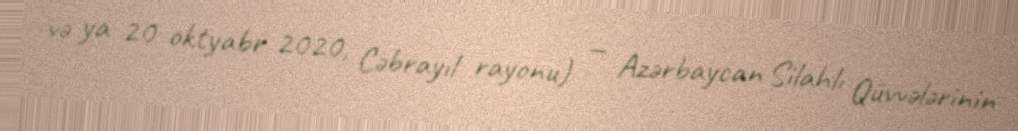
və ya 20 oktyabr 2020, Cəbrayıl rayonu) — Azərbaycan Silahlı Qüvvələrinin